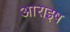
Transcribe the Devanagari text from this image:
आराइष